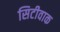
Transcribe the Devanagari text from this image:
सिटीवाक